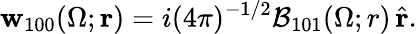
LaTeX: {\mathbf{w}}_{100}(\Omega;\mathbf{r})=i(4\pi)^{-1/2}{\cal B}_{101}(\Omega;r)\, \hat{\mathbf{r}}.